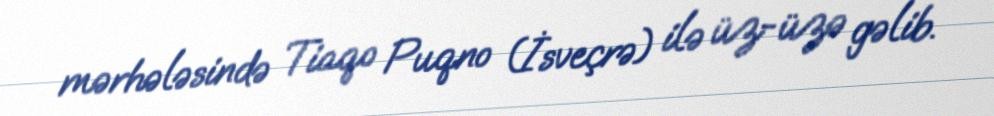
mərhələsində Tiaqo Puqno (İsveçrə) ilə üz-üzə gəlib.